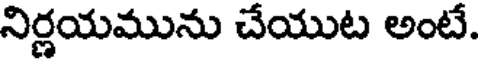
నిర్ణయమును చేయుట అంటే.